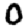
Digit: 0